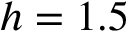
h = 1 . 5